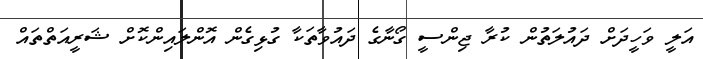
އަލީ ވަހީދަށް ދައުލަތުން ކުރާ ޖިންސީ ގޯނާގެ ދައުވާތަކާ ގުޅިގެން އޮންލައިންކޮށް ޝަރީއަތްތައް